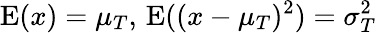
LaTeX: \operatorname{E}(x)=\mu_{T},\, \operatorname{E}((x-\mu_{T})^{2})=\sigma_{T}^{2}